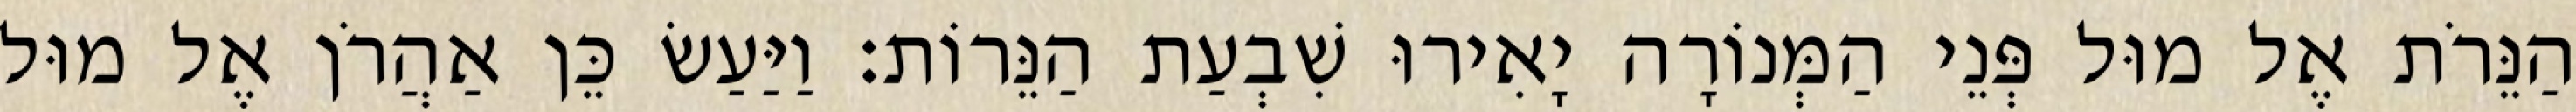
הַנֵּרֹת אֶל מוּל פְּנֵי הַמְּנוֹרָה יָאִירוּ שִׁבְעַת הַנֵּרוֹת׃ וַיַּעַשׂ כֵּן אַהֲרֹן אֶל מוּל